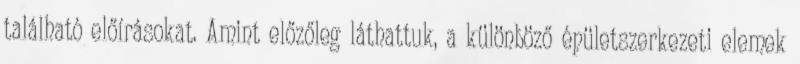
található előírásokat. Amint előzőleg láthattuk, a különböző épületszerkezeti elemek